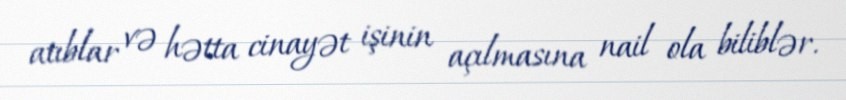
atıblar və hətta cinayət işinin açılmasına nail ola biliblər.